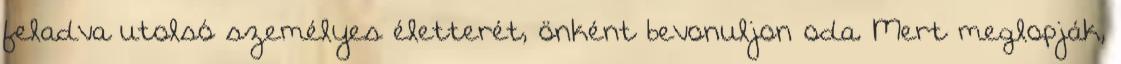
feladva utolsó személyes életterét, önként bevonuljon oda. Mert meglopják,